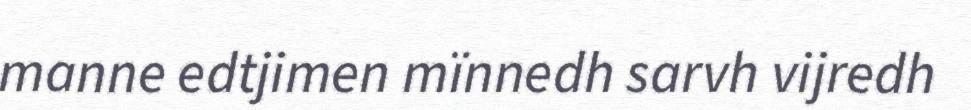
manne edtjimen mïnnedh sarvh vijredh